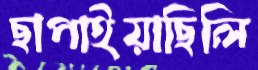
ছাপাইয়াছিলি